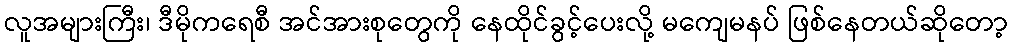
လူအများကြီး၊ ဒီမိုကရေစီ အင်အားစုတွေကို နေထိုင်ခွင့်ပေးလို့ မကျေမနပ် ဖြစ်နေတယ်ဆိုတော့